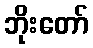
ဘိုးတော်